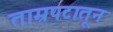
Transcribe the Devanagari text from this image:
ताम्रपटातून